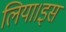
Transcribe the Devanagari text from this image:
लिया।इस